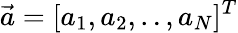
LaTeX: {\vec{a}}=[a_{1},a_{2},..,a_{N}]^{T}